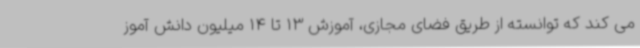
می کند که توانسته از طریق فضای مجازی، آموزش 13 تا 14 میلیون دانش آموز